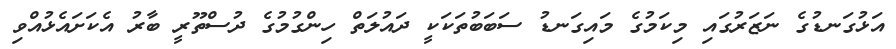
އަޅުގަނޑުގެ ނަޒަރުގައި މިކަމުގެ މައިގަނޑު ސަބަބުތަކަކީ ދައުލަތް ހިންގުމުގެ ދުސްތޫރީ ބާރު އެކަށައެޅުއްވި